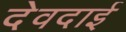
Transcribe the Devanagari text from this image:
देवदाई